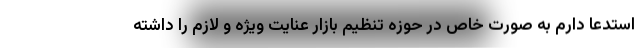
استدعا دارم به صورت خاص در حوزه تنظیم بازار عنایت ویژه و لازم را داشته